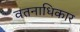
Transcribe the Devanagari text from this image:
वतनाधिकार